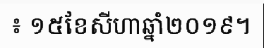
៖ ១៥ខែសីហាឆ្នាំ២០១៩។